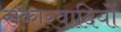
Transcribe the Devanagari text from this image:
सकारवादियों